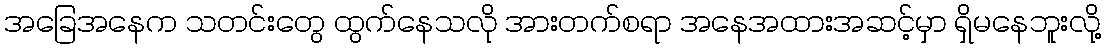
အခြေအနေက သတင်းတွေ ထွက်နေသလို အားတက်စရာ အနေအထားအဆင့်မှာ ရှိမနေဘူးလို့